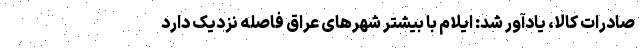
صادرات کالا، یادآور شد: ایلام با بیشتر شهرهای عراق فاصله نزدیک دارد